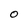
Character: O